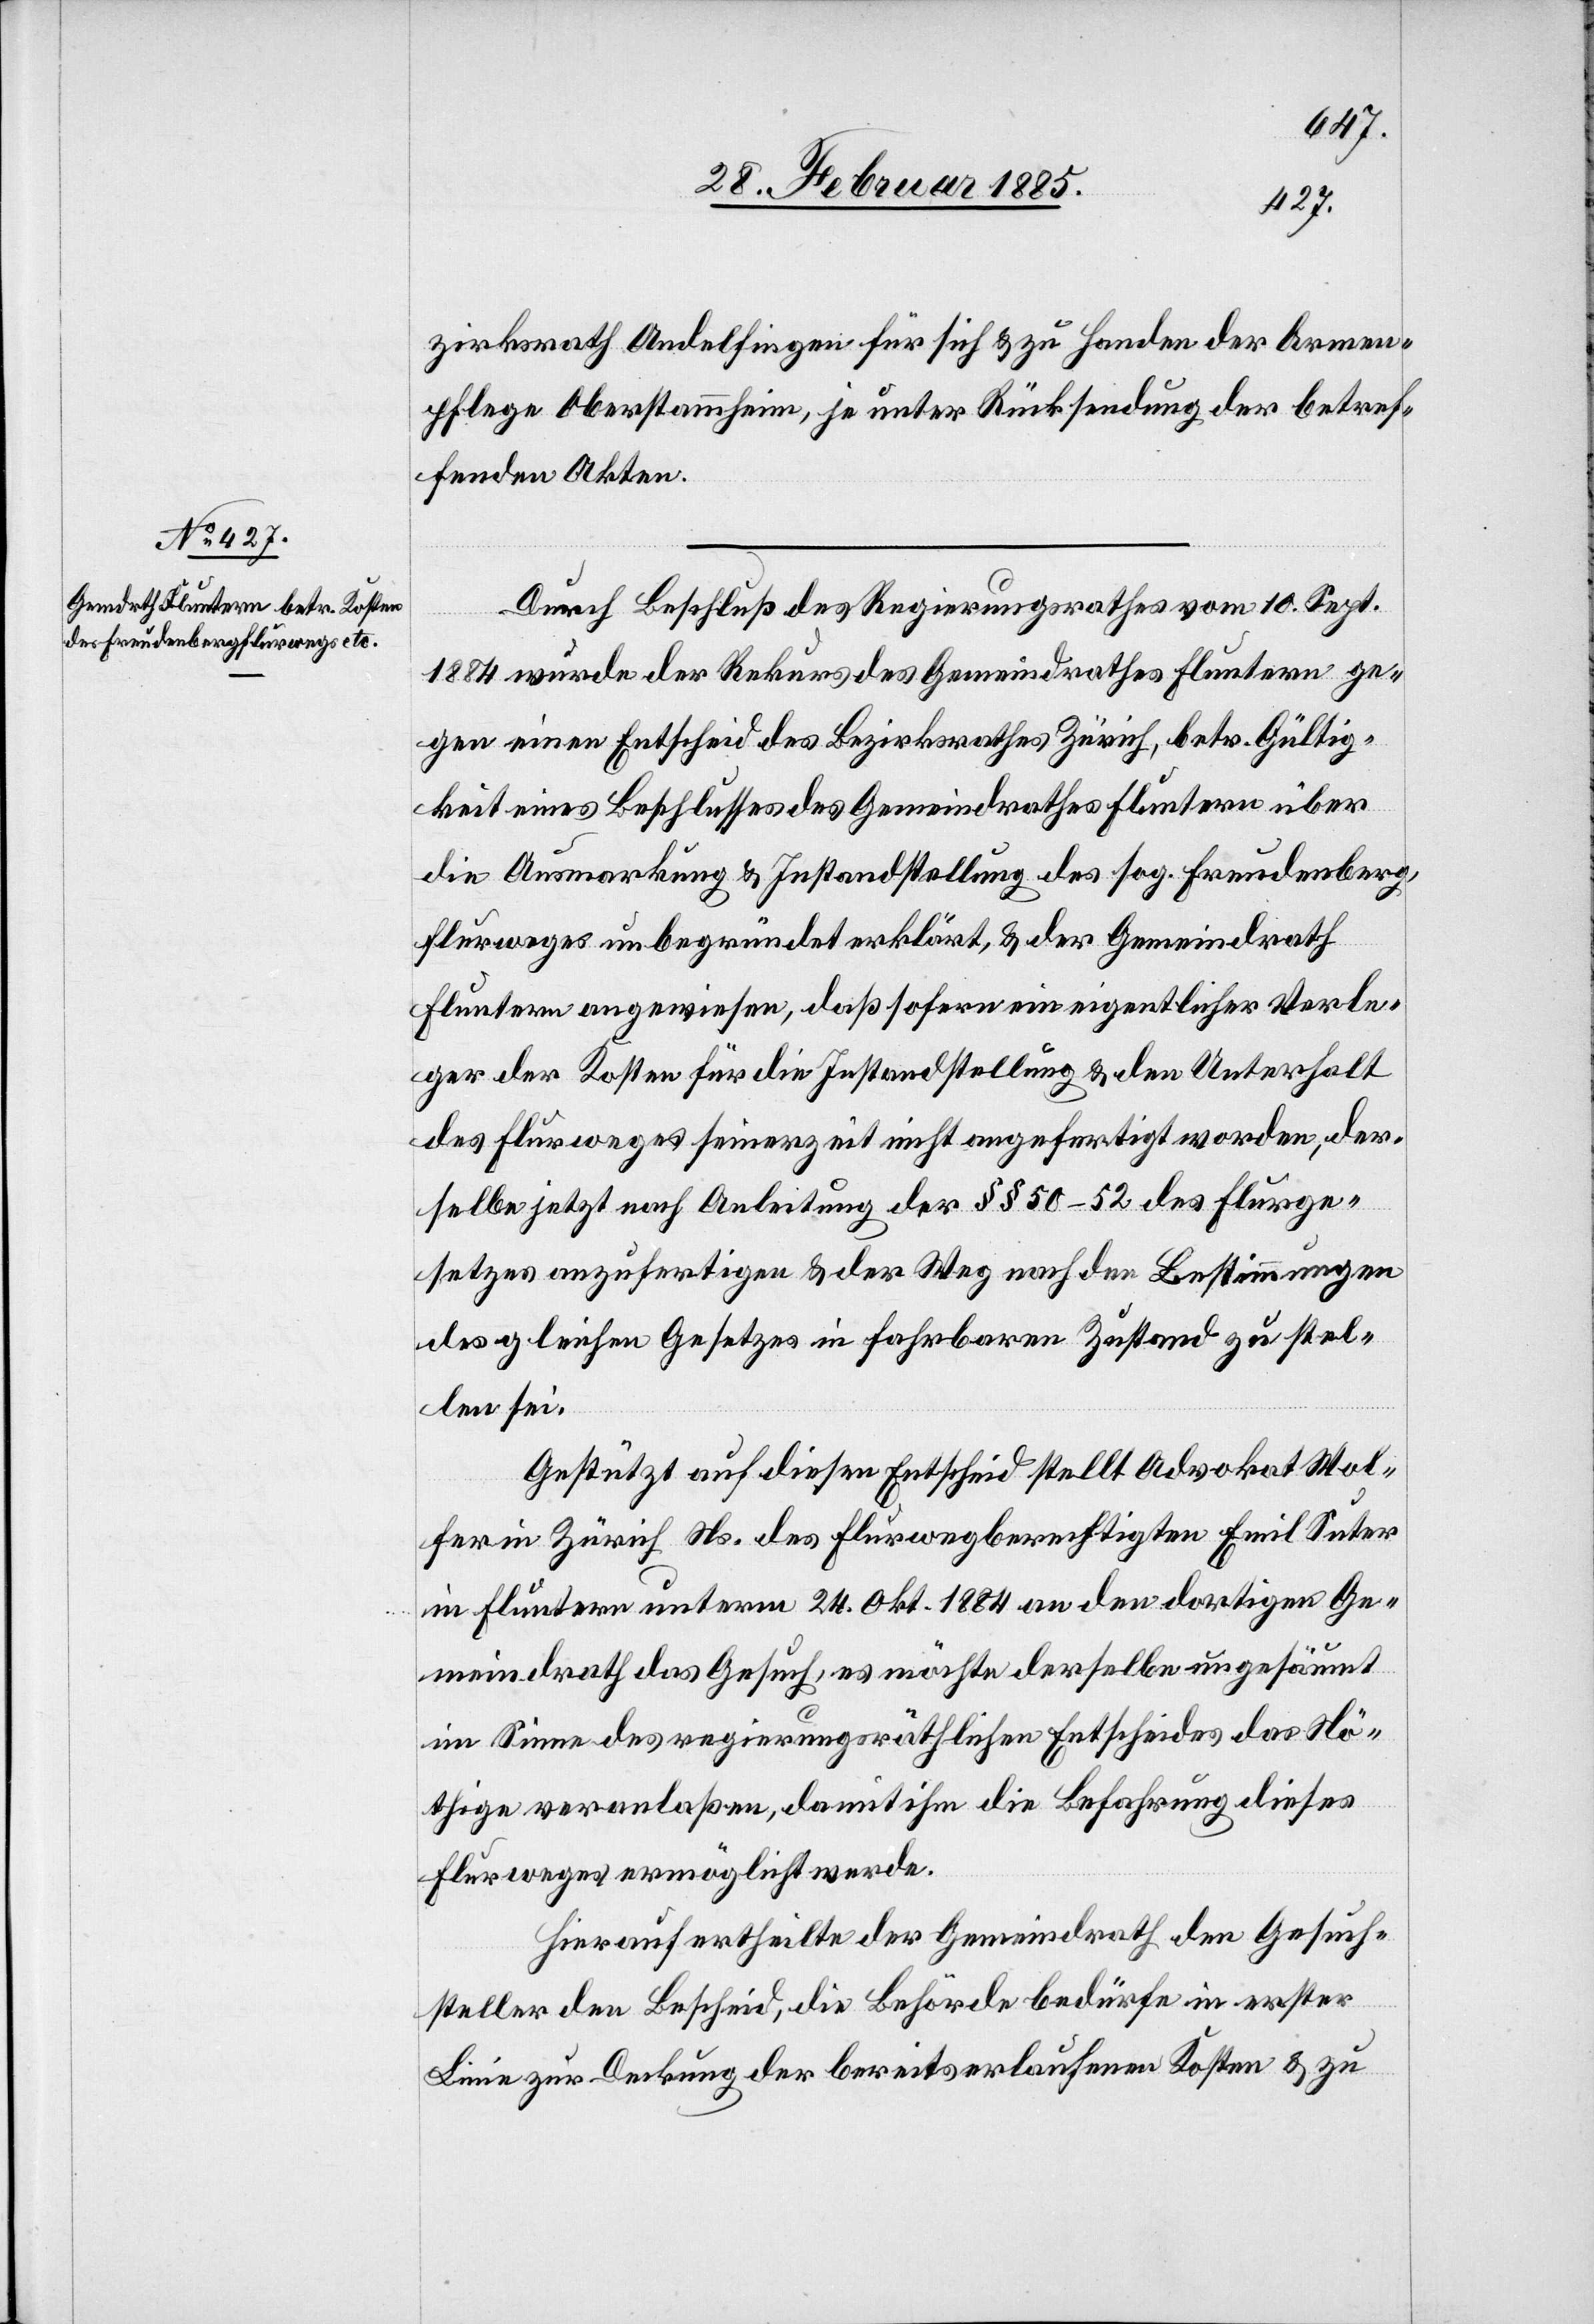
zirksrath Andelfingen für sich & zu Handen der Armen¬
pflege Oberstemmheim, je unter Rücksendung der betref¬
fenden Akten.
Durch Beschluß des Regierungsrathes vom 10. Sept.
1884 wurde der Rekurs des Gemeindrathes Fluntern ge¬
gen einen Entscheid des Bezirksrathes Zürich, betr. Gültig¬
keit eines Beschlusses des Gemeindrathes Flunterns über
die Ausmarkung & Instandstellung des sog. Freudenberg¬
flurweges unbegründet erklärt, & der Gemeindrath
Fluntern angewiesen, daß sofern ein eigentlicher Verle¬
ger der Kosten für die Instandstellung & den Unterhalt
des Flurweges seinerzeit nicht angefertigt worden, der¬
selbe jetzt nach Anleitung der §§ 50–52 des Flurge¬
setzes anzufertigen & der Weg nach den Bestimmungen
des gleichen Gesetzes in fahrbaren Zustand zu stel¬
len sei.
Gestützt auf diesen Entscheid stellt Advokat Wol¬
fer in Zürich Ns. des Flurwegberechtigten Emil Suter
in Fluntern unterm 24. Okt. 1884 an den dortigen Ge¬
meindrath das Gesuch, es möchte derselbe ungesäumt
im Sinne des regierungsräthlichen Entscheides das Nö¬
thige veranlassen, damit ihm die Befahrung dieses
Flurweges ermöglicht werde.
Hierauf ertheilte der Gemeindrath dem Gesuch¬
steller den Bescheid, die Behörde bedürfe in erster
Linie zur Deckung der bereits erlaufenen Kosten & zu